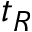
t _ { R }